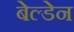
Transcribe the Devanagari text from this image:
बेल्डेन